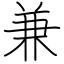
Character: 兼